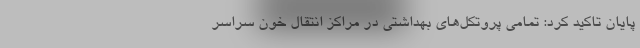
پایان تاکید کرد: تمامی پروتکل‌های بهداشتی در مراکز انتقال خون سراسر